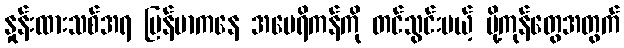
နှုန်းထားသစ်အရ မြန်မာကနေ အမေရိကန်ကို တင်သွင်းမယ့် ပို့ကုန်တွေအတွက်